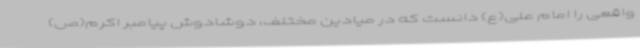
واقعی را امام علی(ع) دانست که در میادین مختلف، دوشادوش پیامبر اکرم(ص)